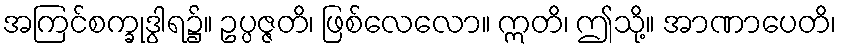
အကြင်စက္ခုဒွါရ၌။ ဥပ္ပဇ္ဇတိ၊ ဖြစ်လေလော။ ဣတိ၊ ဤသို့။ အာဏာပေတိ၊